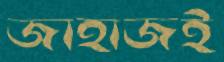
জাহাজই